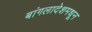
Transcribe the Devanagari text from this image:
बांगलादेशमधून